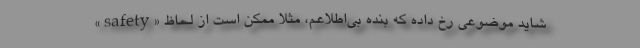
شاید موضوعی رخ داده که بنده بی‌اطلاعم، مثلاً ممکن است از لحاظ «safety»